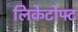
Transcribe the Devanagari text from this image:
लिकेटोफ्ट